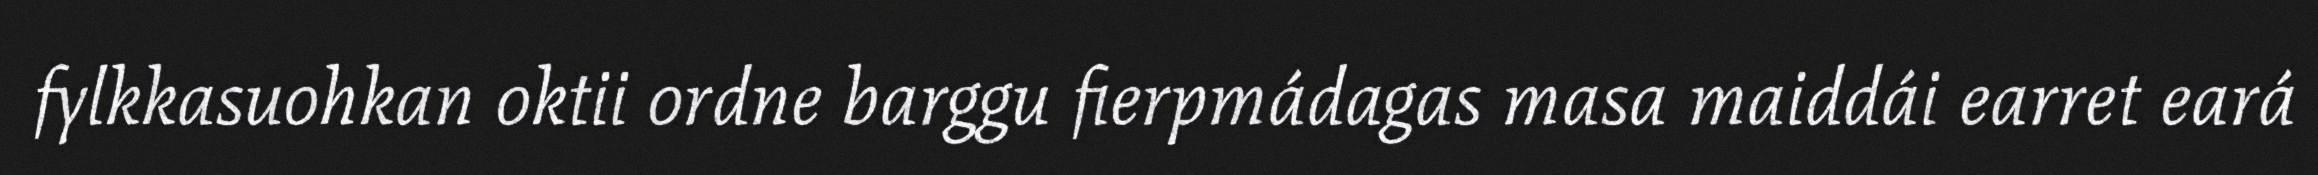
fylkkasuohkan oktii ordne barggu fierpmádagas masa maiddái earret eará